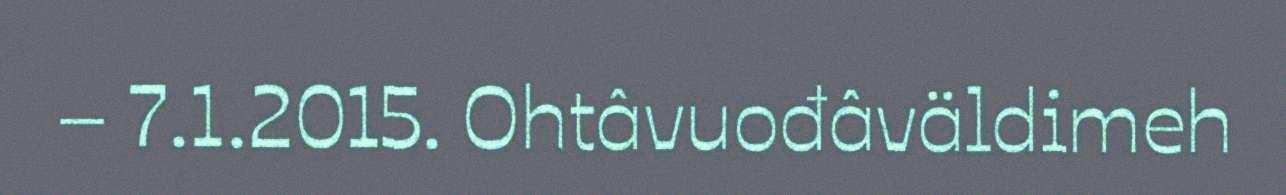
– 7.1.2015. Ohtâvuođâväldimeh